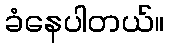
ခံနေပါတယ်။